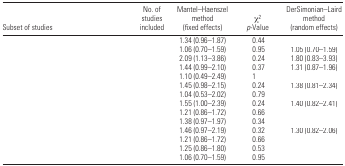
<table><thead><tr><td><b>Subset of studies</b></td><td><b>No. of studies included</b></td><td><b>Mantel–Haenszel method (fixed effects)</b></td><td><b>χ<sup>2</sup><i>p</i>-Value</b></td><td><b>DerSimonian–Laird method (random effects)</b></td></tr></thead><tbody><tr><td>[EMPTY_CELL]</td><td>[EMPTY_CELL]</td><td>1.34 (0.96–1.87)</td><td>0.44</td><td>[EMPTY_CELL]</td></tr><tr><td>[EMPTY_CELL]</td><td>[EMPTY_CELL]</td><td>1.06 (0.70–1.59)</td><td>0.95</td><td>1.05 (0.70–1.59)</td></tr><tr><td>[EMPTY_CELL]</td><td>[EMPTY_CELL]</td><td>2.09 (1.13–3.86)</td><td>0.24</td><td>1.80 (0.83–3.93)</td></tr><tr><td>[EMPTY_CELL]</td><td>[EMPTY_CELL]</td><td>1.44 (0.99–2.10)</td><td>0.37</td><td>1.31 (0.87–1.96)</td></tr><tr><td>[EMPTY_CELL]</td><td>[EMPTY_CELL]</td><td>1.10 (0.49–2.49)</td><td>1</td><td>[EMPTY_CELL]</td></tr><tr><td>[EMPTY_CELL]</td><td>[EMPTY_CELL]</td><td>1.45 (0.98–2.15)</td><td>0.24</td><td>1.38 (0.81–2.34)</td></tr><tr><td>[EMPTY_CELL]</td><td>[EMPTY_CELL]</td><td>1.04 (0.53–2.02)</td><td>0.79</td><td>[EMPTY_CELL]</td></tr><tr><td>[EMPTY_CELL]</td><td>[EMPTY_CELL]</td><td>1.55 (1.00–2.39)</td><td>0.24</td><td>1.40 (0.82–2.41)</td></tr><tr><td>[EMPTY_CELL]</td><td>[EMPTY_CELL]</td><td>1.21 (0.86–1.72)</td><td>0.66</td><td>[EMPTY_CELL]</td></tr><tr><td>[EMPTY_CELL]</td><td>[EMPTY_CELL]</td><td>1.38 (0.97–1.97)</td><td>0.34</td><td>[EMPTY_CELL]</td></tr><tr><td>[EMPTY_CELL]</td><td>[EMPTY_CELL]</td><td>1.46 (0.97–2.19)</td><td>0.32</td><td>1.30 (0.82–2.06)</td></tr><tr><td>[EMPTY_CELL]</td><td>[EMPTY_CELL]</td><td>1.21 (0.86–1.72)</td><td>0.66</td><td>[EMPTY_CELL]</td></tr><tr><td>[EMPTY_CELL]</td><td>[EMPTY_CELL]</td><td>1.25 (0.86–1.80)</td><td>0.53</td><td>[EMPTY_CELL]</td></tr><tr><td>[EMPTY_CELL]</td><td>[EMPTY_CELL]</td><td>1.06 (0.70–1.59)</td><td>0.95</td><td>[EMPTY_CELL]</td></tr></tbody></table>